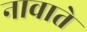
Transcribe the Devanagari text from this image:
नावाते